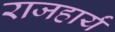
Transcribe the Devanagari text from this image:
राजहार्यं